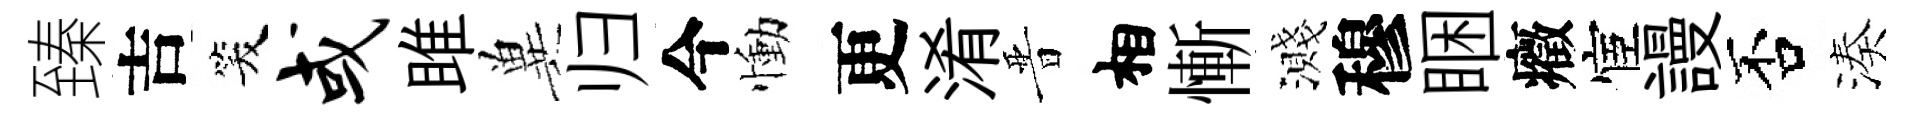
臻吉笑或雎兾归今慟更淆晋相慚濺穆睏癥宦謾否湊